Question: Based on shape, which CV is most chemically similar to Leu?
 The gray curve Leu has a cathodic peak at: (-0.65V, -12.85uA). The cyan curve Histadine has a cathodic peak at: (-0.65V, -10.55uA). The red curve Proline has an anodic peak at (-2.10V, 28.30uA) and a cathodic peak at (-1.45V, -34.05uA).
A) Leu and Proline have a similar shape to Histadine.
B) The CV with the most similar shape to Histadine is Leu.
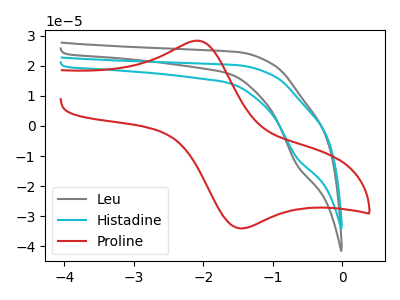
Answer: <think>All the peaks in "Leu" have a peak in "Histadine" at the same potential. Every peak in "Leu" is higher than every peak in "Histadine". "Leu" and "Proline" have a different number of peaks. "Histadine" and "Proline" have a different number of peaks.
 </think>
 <answer>B) The CV with the most similar shape to "Histadine" is "Leu".</answer>
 <eval>B</eval>